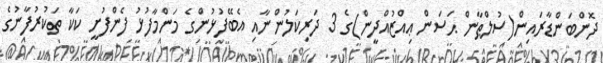
ދޮންބަންޑާރައިން(ސުލްޠާން ޙަސަން ޢިއްޒުއްދީން)ގެ 3 ދަރިކަލުންނާއި އެބޭފުޅުންގެ މަންމާފުޅު ފެންފުށީ ކަކާ ތަކުރުފާނުގެ